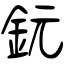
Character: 鈨